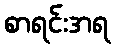
စာရင်းအရ